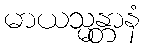
မာယသ္မန္တာနံ